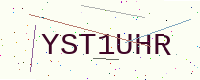
Text: YST1UHR